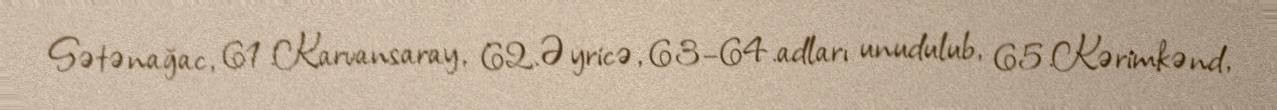
Sətənağac, 61.Karvansaray, 62.Əyricə, 63–64.adları unudulub, 65.Kərimkənd,